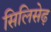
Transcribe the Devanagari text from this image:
सिलिसेढ़